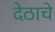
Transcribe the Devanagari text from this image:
देठाचे